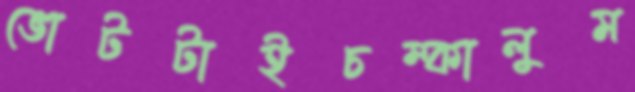
ভোটটাইচম্‌কালুম